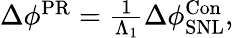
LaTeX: \begin{array}{r}{\Delta\phi^{\mathrm{{PR}}}=\frac{1}{\Lambda_{1}}\Delta\phi_{\mathrm{{SNL}}}^{\mathrm{{Con}}},}\end{array}